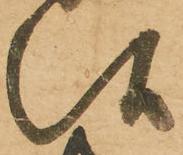
候